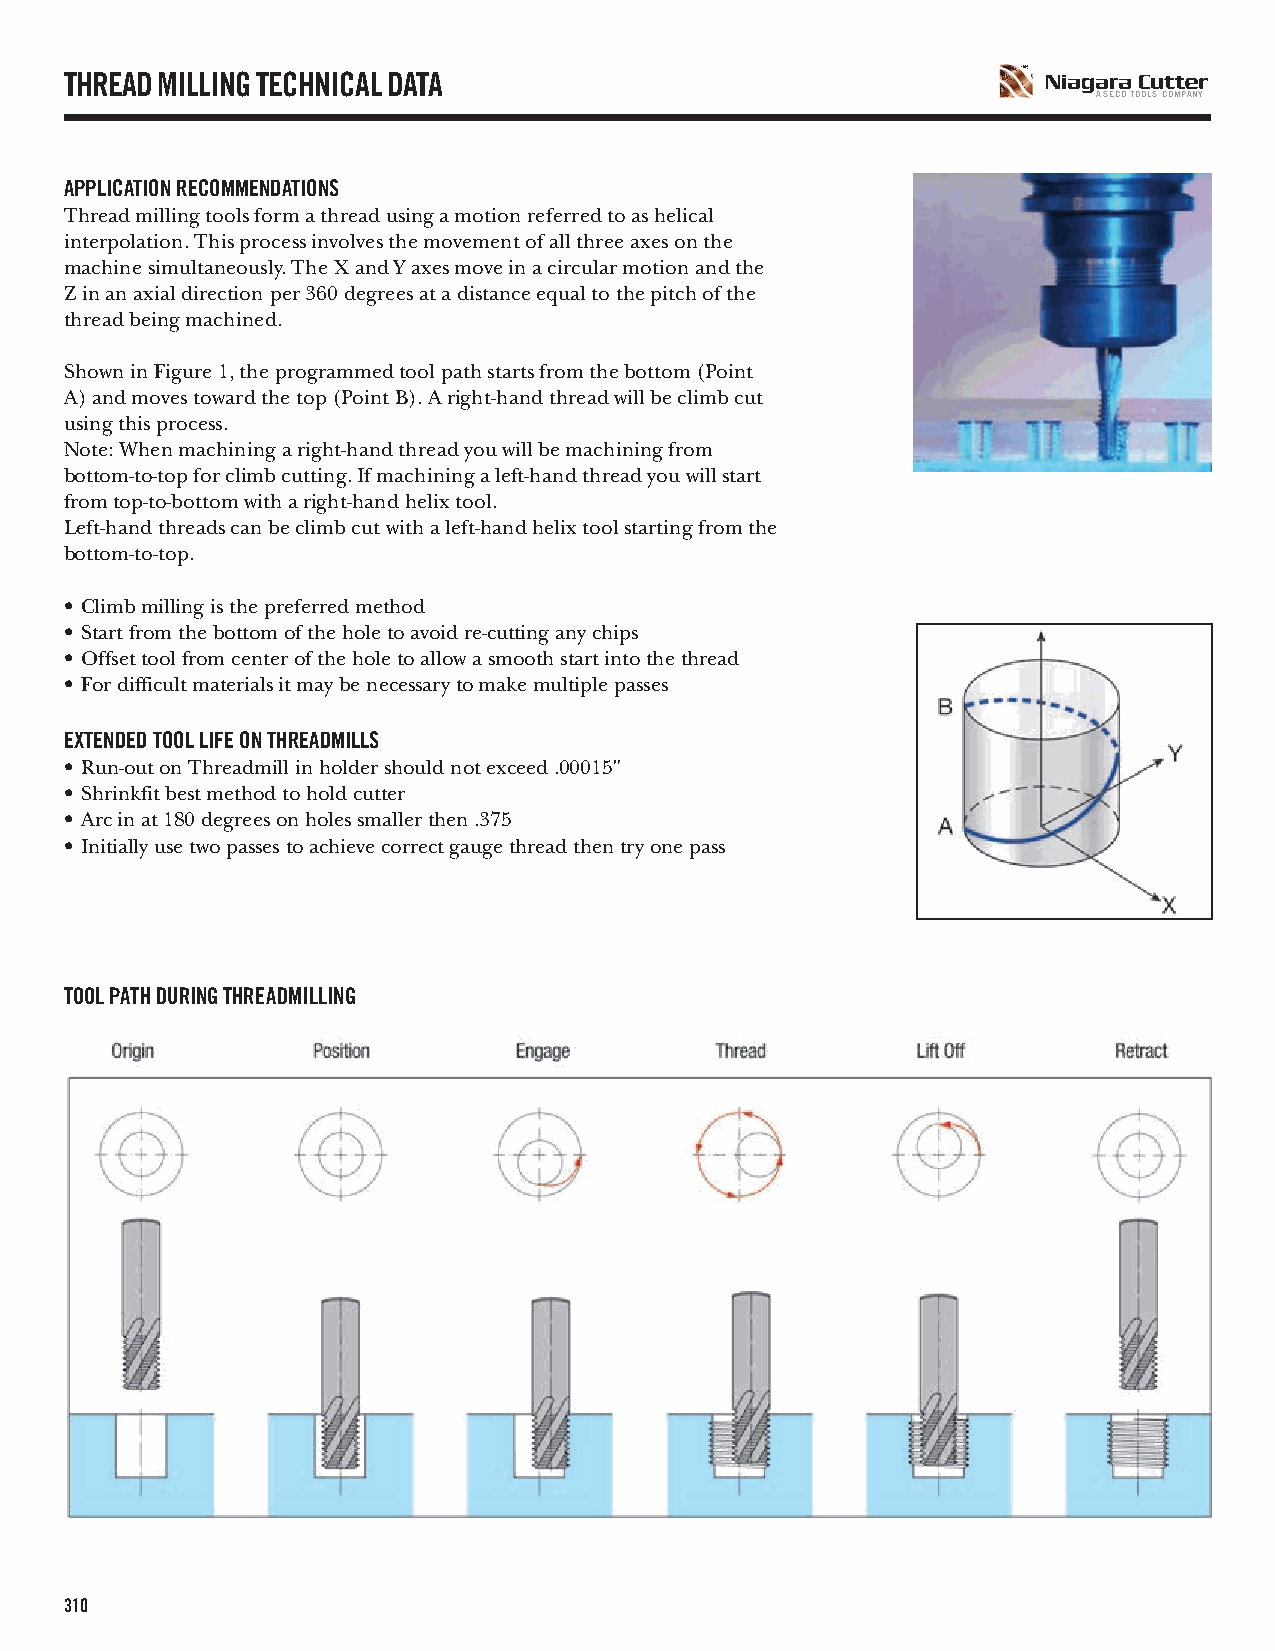
THREAD MILLING TECHNICAL DATA
 A SECO TOOLS COMPANY
 APPLICATION RECOMMENDATIONS
 Thread milling tools form a thread using a motion referred to as helical
 interpolation. This process involves the movement of all three axes on the
 machine simultaneously. The X and Y axes move in a circular motion and the
 Z in an axial direction per 360 degrees at a distance equal to the pitch of the
 thread being machined.
 Shown in Figure 1, the programmed tool path starts from the bottom (Point
 A) and moves toward the top (Point B). A right-hand thread will be climb cut
 using this process.
 Note: When machining a right-hand thread you will be machining from
 bottom-to-top for climb cutting. If machining a left-hand thread you will start
 from top-to-bottom with a right-hand helix tool.
 Left-hand threads can be climb cut with a left-hand helix tool starting from the
 bottom-to-top.
 • Climb milling is the preferred method
 • Start from the bottom of the hole to avoid re-cutting any chips
 • Offset tool from center of the hole to allow a smooth start into the thread
 • For difficult materials it may be necessary to make multiple passes
 EXTENDED TOOL LIFE ON THREADMILLS
 • Run-out on Threadmill in holder should not exceed .00015"
 • Shrinkfit best method to hold cutter
 • Arc in at 180 degrees on holes smaller then .375
 • Initially use two passes to achieve correct gauge thread then try one pass
 TOOL PATH DURING THREADMILLING
 310